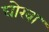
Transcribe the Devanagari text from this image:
घोरवा